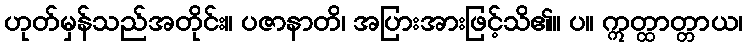
ဟုတ်မှန်သည်အတိုင်း။ ပဇာနာတိ၊ အပြားအားဖြင့်သိ၏။ ပ။ ဣတ္ထာတ္တာယ၊